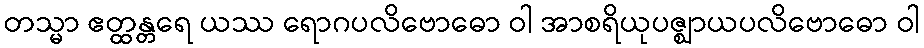
တသ္မာ ဧတ္ထန္တရေ ယဿ ရောဂပလိဗောဓော ဝါ အာစရိယုပဇ္ဈာယပလိဗောဓော ဝါ